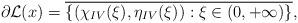
LaTeX: \begin{align*}\partial \mathcal{L}(x)&=\overline{\{(\chi_{IV}(\xi),\eta_{IV}(\xi)):\xi\in(0,+\infty)\}},\end{align*}